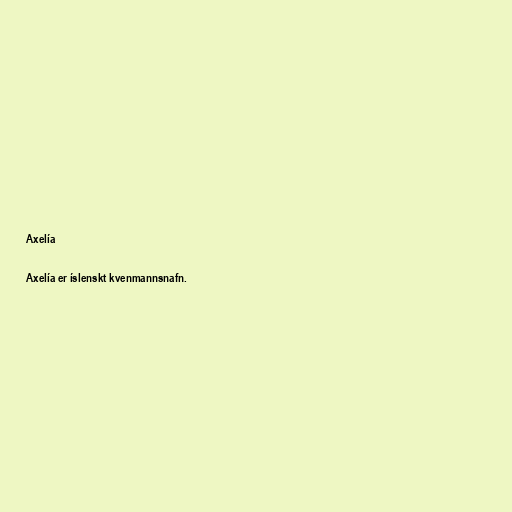
Axelía

Axelía er íslenskt kvenmannsnafn.